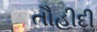
તૌહીદી